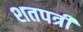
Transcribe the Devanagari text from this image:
शतपत्री